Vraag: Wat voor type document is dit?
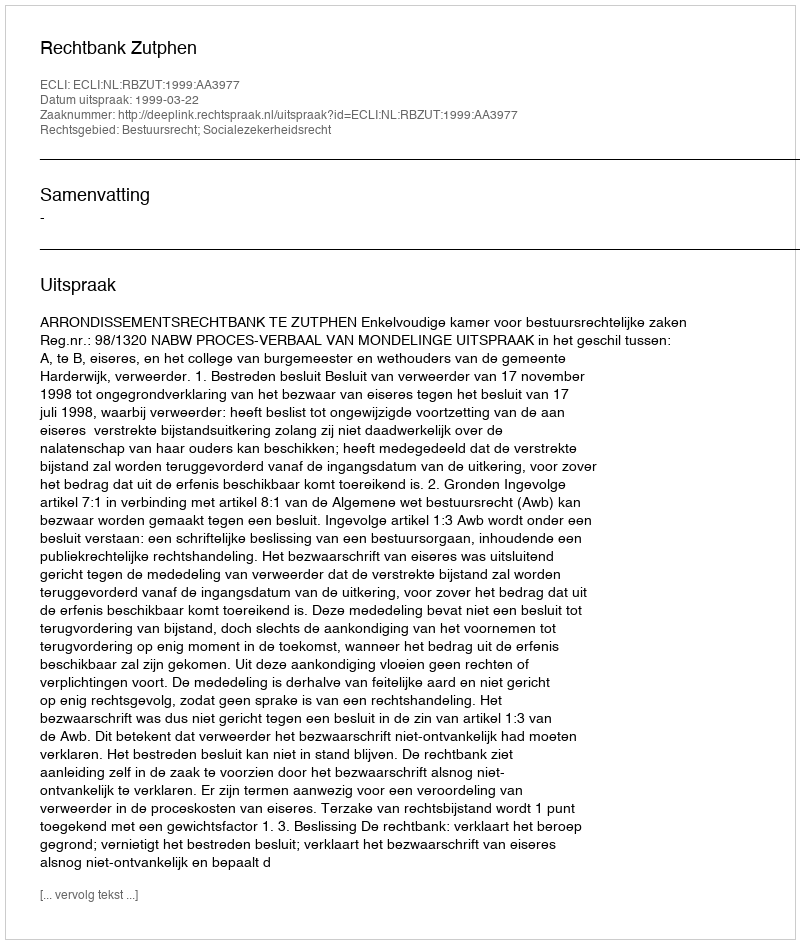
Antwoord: Uitspraak